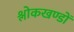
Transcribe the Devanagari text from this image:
श्लोकखण्डों